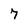
Character: 7